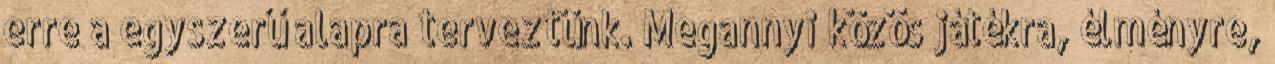
erre a egyszerű alapra terveztünk. Megannyi közös játékra, élményre,